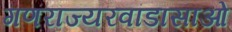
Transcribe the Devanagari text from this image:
गणराज्यरवांडासाओ